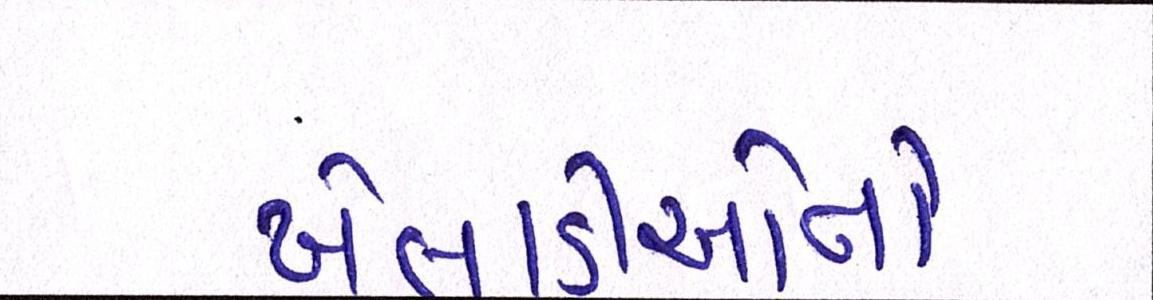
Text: ખેલાડીઓનો